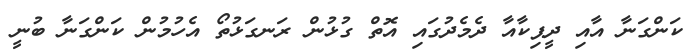
ކަންގަނާ އާއި ދީޕިކާއާ ދެމެދުގައި އޮތް ގުޅުން ރަނގަޅުތޯ އެހުމުން ކަންގަނާ ބުނީ